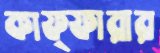
কাফ্ফারার